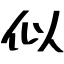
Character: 似